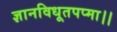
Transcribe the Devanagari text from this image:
ज्ञानविधूतपप्मा।।